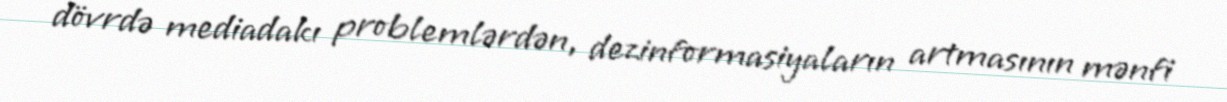
dövrdə mediadakı problemlərdən, dezinformasiyaların artmasının mənfi